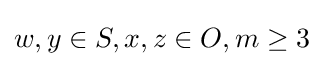
w,y\in S,x,z\in O,m\geq 3